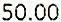
50.00